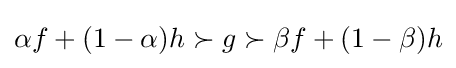
\alpha f+(1-\alpha )h\succ g\succ \beta f+(1-\beta )h